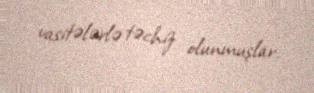
vasitələrlə təchiz olunmuşlar.